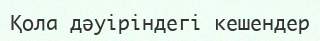
Қола дәуіріндегі кешендер